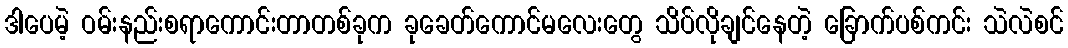
ဒါပေမဲ့ ဝမ်းနည်းစရာကောင်းတာတစ်ခုက ခုခေတ်ကောင်မလေးတွေ သိပ်လိုချင်နေတဲ့ ခြောက်ပစ်ကင်း သဲလဲစင်